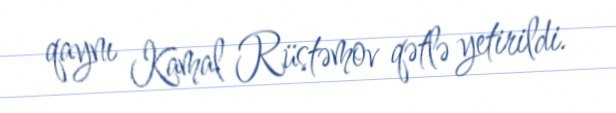
qaynı Kamal Rüstəmov qətlə yetirildi.